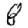
Digit: 8